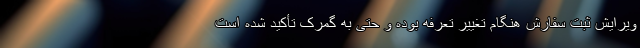
ویرایش ثبت سفارش هنگام تغییر تعرفه بوده و حتی به گمرک تأکید شده است